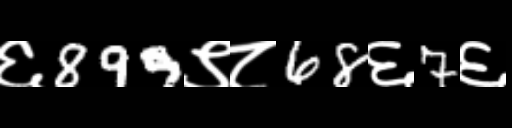
Text: ६899९८68६7६